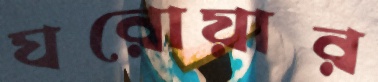
ঘরোয়ার